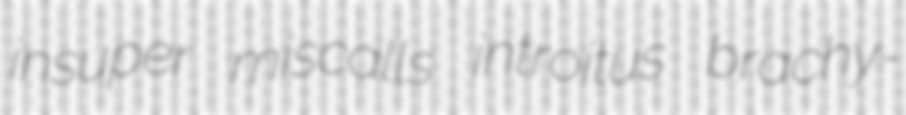
insuper miscalls introitus brachy-